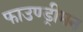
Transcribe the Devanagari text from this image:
फाउण्ड्रीमन